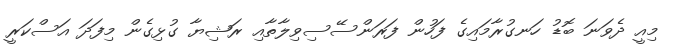
މިއީ ދެވަނަ ބޮޑު ހަނގުރާމައިގެ ފަހުން ފަރަންސޭސިވިލާތާއި ރަޝިޔާ ގުޅިގެން މިފަދަ އަސްކަރީ